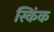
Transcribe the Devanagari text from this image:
स्किंक